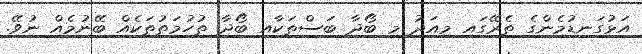
އަޅުގަނޑުމެންގެ ތެރޭގައި މިއަދު މި ބޯދާ ބަސްތަކާއި ބޯދާ ތުހުމަތުތަކެއް ބޭނުމެއް ނުވޭ.